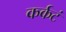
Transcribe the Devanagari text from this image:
कर्कटं